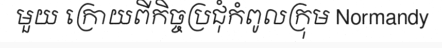
មួយ ក្រោយពីកិច្ចប្រជុំកំពូលក្រុម Normandy